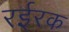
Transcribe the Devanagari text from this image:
रईरक